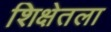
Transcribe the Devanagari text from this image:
शिक्षेतला